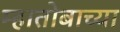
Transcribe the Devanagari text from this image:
म्हातोबाच्या